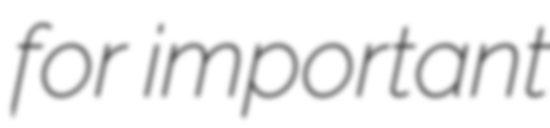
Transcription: for important